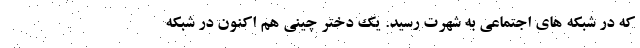
که در شبکه های اجتماعی به شهرت رسید. یک دختر چینی هم اکنون در شبکه